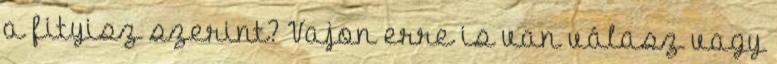
a fityisz szerint? Vajon erre is van válasz vagy